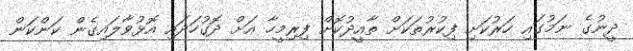
ދީނުގެ ނަމުގައި ހަރުކަށި ފިކުރުތަކަށް ތާއީދުކޮށް ފިރިމީހާ އަށް ދޮގުހަދައި އޮޅުވާލައިގެން ކަންކަން